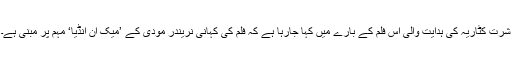
شرت کٹاریہ کی ہدایت والی اس فلم کے بارے میں کہا جارہا ہے کہ فلم کی کہانی نریندر مودی کے ’میک ان انڈیا‘ مہم پر مبنی ہے۔